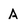
Character: A